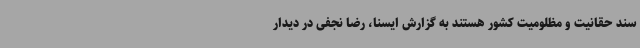
سند حقانیت و مظلومیت کشور هستند به گزارش ایسنا، رضا نجفی در دیدار